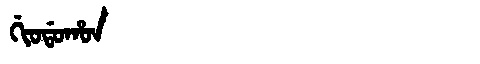
Manchu: ᡤᡳᠣᡩᠣᡥᠣᠨ
Romanization: GIODOHON